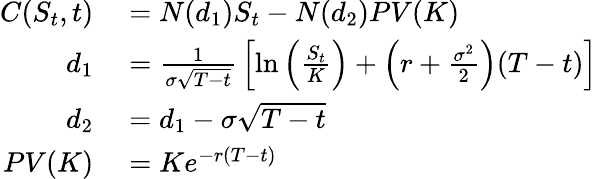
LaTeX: \begin{array}{rl}{C(S_{t},t)}&{{}=N(d_{1})S_{t}-N(d_{2})PV(K)}\\ {d_{1}}&{{}={\frac{1}{\sigma{\sqrt{T-t}}}}\left[\ln\left({\frac{S_{t}}{K}}\right)+\left(r+{\frac{\sigma^{2}}{2}}\right)(T-t)\right]}\\ {d_{2}}&{{}=d_{1}-\sigma{\sqrt{T-t}}}\\ {PV(K)}&{{}=Ke^{-r(T-t)}}\end{array}